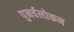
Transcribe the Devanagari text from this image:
पुनर्वलोकन